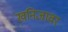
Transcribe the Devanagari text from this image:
खनिजावर